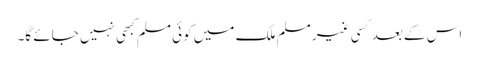
اس کے بعد کسی غیر مسلم ملک میں کوئی مسلم کبھی نہیں جائے گا۔